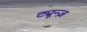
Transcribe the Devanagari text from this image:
ट्यून्ज़